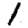
Digit: 1